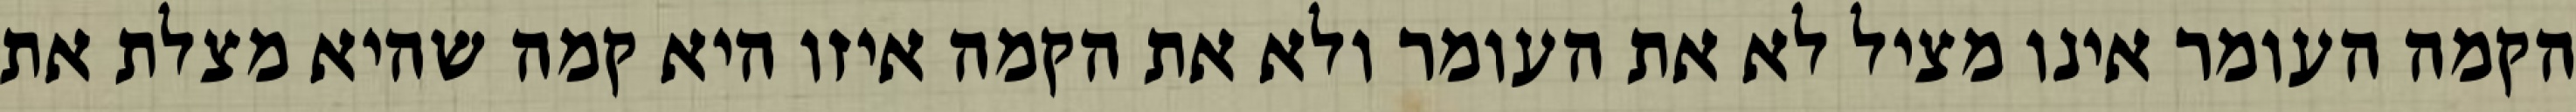
הקמה העומר אינו מציל לא את העומר ולא את הקמה איזו היא קמה שהיא מצלת את